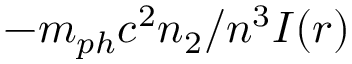
- m _ { p h } c ^ { 2 } n _ { 2 } / n ^ { 3 } I ( r )